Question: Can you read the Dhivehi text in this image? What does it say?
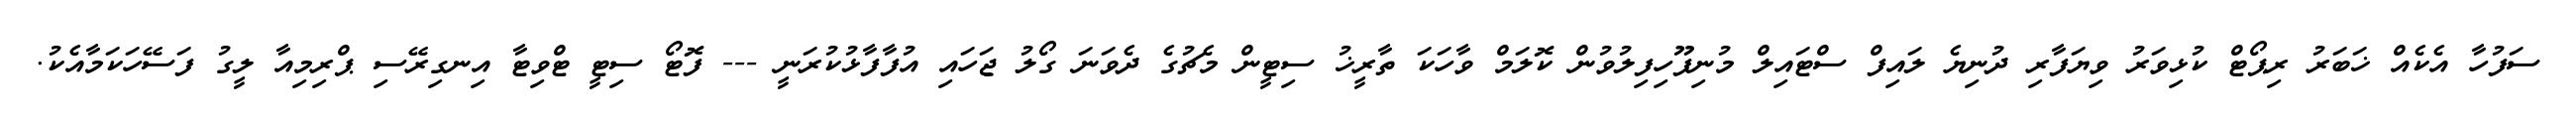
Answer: ސަފުހާ އެކެއް ޚަބަރު ރިޕޯޓް ކުޅިވަރު ވިޔަފާރި ދުނިޔެ ލައިފް ސްޓައިލް މުނިފޫހިފިލުވުން ކޮލަމް ވާހަކަ ތާރީޚު ސިޓީން މެޗުގެ ދެވަނަ ގޯލު ޖަހައި އުފާފާޅުކުރަނީ --- ފޮޓޯ ސިޓީ ޓްވިޓާ އިނގިރޭސި ޕްރިމިއާ ލީގު ފަސޭހަކަމާއެކު.